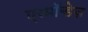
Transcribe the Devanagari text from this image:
एस्मॉन्डेज़